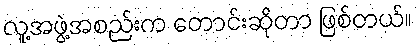
လူ့အဖွဲ့အစည်းက တောင်းဆိုတာ ဖြစ်တယ်။